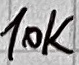
Text: 10K